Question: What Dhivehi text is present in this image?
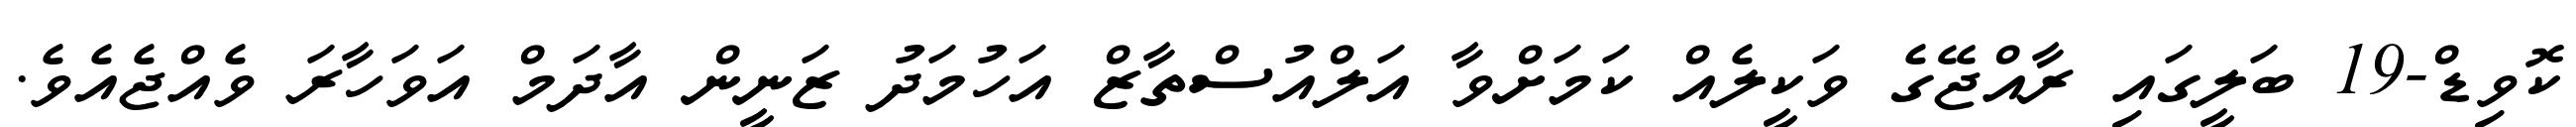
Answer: ކޮވިޑް-19 ބަލީގައި ރާއްޖޭގެ ވަކީލެއް ކަމަށްވާ އަލްއުސްތާޒް އަހުމަދު ޒަނީން އާދަމް އަވަހާރަ ވެއްޖެއެވެ.